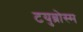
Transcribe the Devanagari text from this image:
टयुब्रोस्म